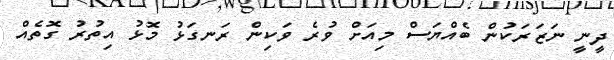
ދީނީ ނަޒަރަކުން ބެއްޔަސް މިއަށް ވުރެ ވަކިން ރަނގަޅު މޮޅު އިތުރު ގޮތެއް